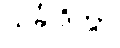
သင်္ခါဒိတွာ